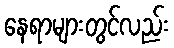
နေရာများတွင်လည်း